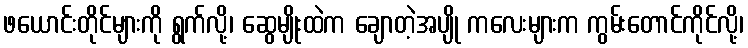
ဖယောင်းတိုင်များကို ရွက်လို့၊ ဆွေမျိုးထဲက ချောတဲ့အပျို ကလေးများက ကွမ်းတောင်ကိုင်လို့၊